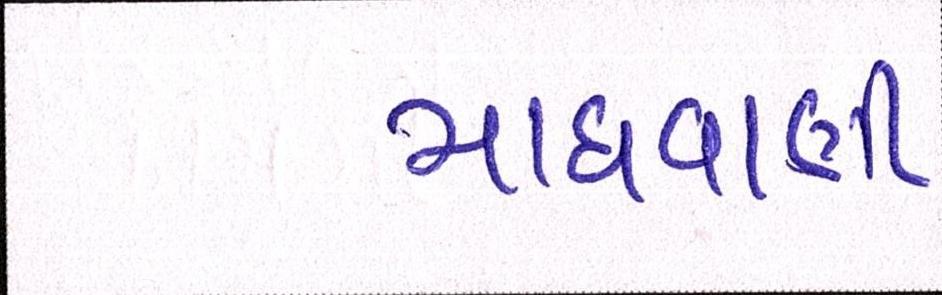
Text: માધવાણી